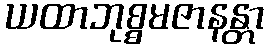
ယထာဘုစ္စမဇာနန္တာ